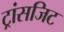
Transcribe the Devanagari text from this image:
ट्रांसजिट